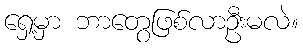
ရှေ့မှာ ဘာတွေဖြစ်လာဦးမလဲ။